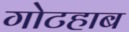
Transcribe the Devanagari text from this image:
गोटहाब